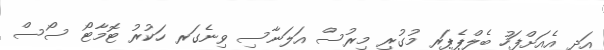
އަދި އެއަށްފަހު ބެލްޕެޕަރ މުގުރި މިރުސް އަލަނާސި ވިނެގަރ ހަކުރު ޓޮމާޓޯ ސޯސް